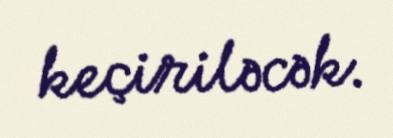
keçiriləcək.